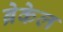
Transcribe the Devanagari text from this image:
ब्रेकेल